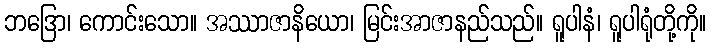
ဘဒြော၊ ကောင်းသော။ အဿာဇာနိယော၊ မြင်းအာဇာနည်သည်။ ရူပါနံ၊ ရူပါရုံတို့ကို။